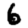
Digit: 6